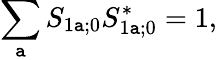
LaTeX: \sum_{\mathtt{a}}S_{1\mathtt{a};0}S_{1\mathtt{a};0}^{*}=1,